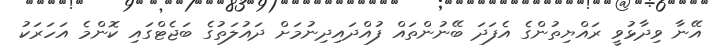
އޭނާ ވިދާޅުވީ ރައްޔިތުންގެ އެފަދަ ބޭނުންތައް ފުއްދައިދިނުމަށް ދައުލަތުގެ ބަޖެޓްގައި ކޮންމެ އަހަރަކު